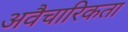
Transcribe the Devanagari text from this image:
अवैचारिकता